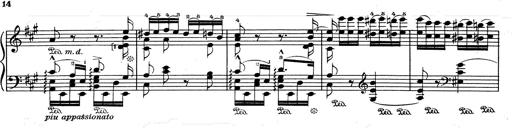
Title: RÃ©miniscences de Don Juan
Composer: Franz Liszt